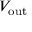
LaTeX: V _ { \mathrm { o u t } }